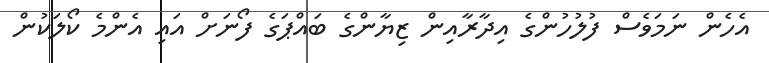
އެހެން ނަމަވެސް ފުލުހުންގެ އިދާރާއިން ޒިޔާންގެ ބައްޕަގެ ފޯނަށް އައި އެންމެ ކޯލަކުން